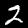
Digit: 2